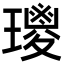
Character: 𤪀